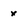
Character: x